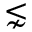
\lnsim